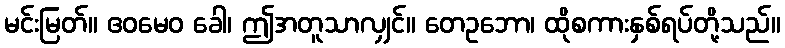
မင်းမြတ်။ ဧဝမေဝ ခေါ၊ ဤအတူသာလျှင်။ တေဥဘော၊ ထိုစကားနှစ်ရပ်တို့သည်။